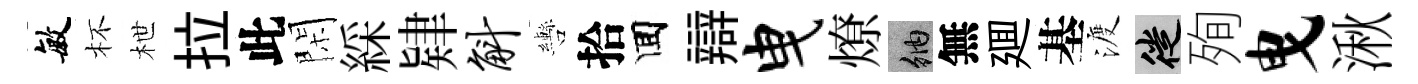
敏杯枻拉此閑綵肄斛轡拾囬辯曳燎納無廽基渡徙殉曳湫